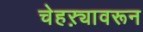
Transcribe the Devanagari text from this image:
चेहऱ्यावरून